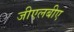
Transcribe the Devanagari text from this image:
जीएलबीए